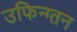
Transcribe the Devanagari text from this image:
उफिन्ग्तन